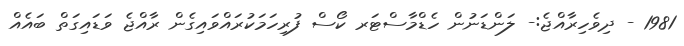
1981 - ދިވެހިރާއްޖެ:- ލަންޑަނުން ހެޑްމާސްޓަރ ކޯސް ފުރިހަމަކުރައްވައިގެން ރާއްޖެ ވަޑައިގަތް ބައެއް